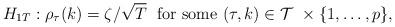
LaTeX: \begin{align*}H_{1T}:\rho_{\tau}(k)=\zeta/\sqrt{T}\ \ \mathrm{for\ some}\ (\tau,k)\in\mathcal{T}\ \times\{1,\dots,p\}, \end{align*}